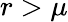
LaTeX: r>\mu